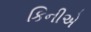
કિનીએ